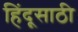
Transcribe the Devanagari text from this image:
हिंदूसाठी